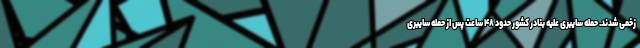
زخمی شدند. حمله سایبری علیه بنادر کشور حدود ۴۸ ساعت پس از حمله سایبری